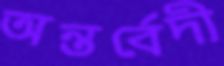
অন্তর্বেদী